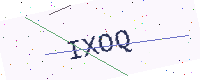
Text: IXOQ